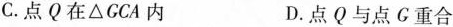
C. 点Q在△GCA内 D. 点Q与点G重合